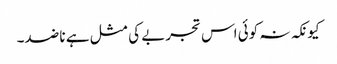
کیونکہ نہ کوئی اس تجربے کی مثل ہے نا ضد۔